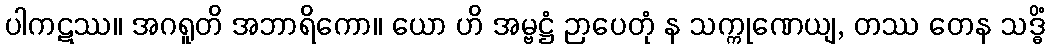
ပါကဋဿ။ အဂရူတိ အဘာရိကော။ ယော ဟိ အမ္ဗဋ္ဌံ ဉာပေတုံ န သက္ကုဏေယျ, တဿ တေန သဒ္ဓိံ